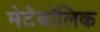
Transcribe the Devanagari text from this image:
मेटॅबॉलिक